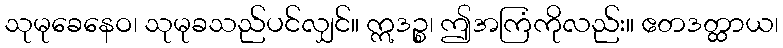
သုမုခေနေဝ၊ သုမုခသည်ပင်လျှင်။ ဣဒဉ္စ၊ ဤအကြံကိုလည်း။ ဧတဒတ္ထာယ၊